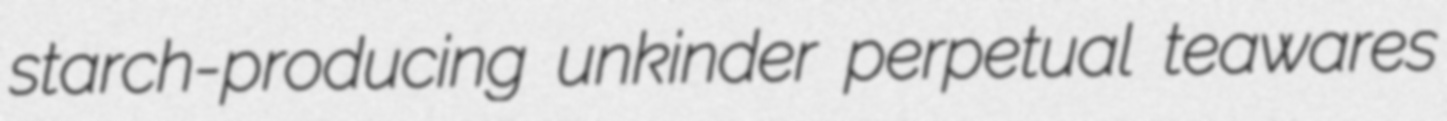
starch-producing unkinder perpetual teawares